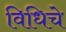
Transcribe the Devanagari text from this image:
विधिचे